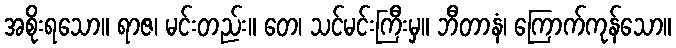
အစိုးရသော။ ရာဇ၊ မင်းတည်း။ တေ၊ သင်မင်းကြီးမှ။ ဘီတာနံ၊ ကြောက်ကုန်သော။